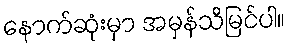
နောက်ဆုံးမှာ အမှန်သိမြင်ပါ။